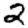
Digit: 2